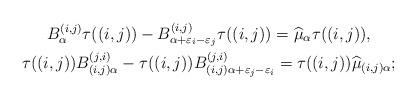
LaTeX: \begin{gather*}B_{\alpha}^{(i,j) }\tau((i,j))-B_{\alpha+\varepsilon_{i}-\varepsilon_{j}}^{(i,j) }\tau((i,j)) =\widehat{\mu}_{\alpha}\tau((i,j)) ,\\\tau((i,j)) B_{(i,j) \alpha}^{(j,i) }-\tau((i,j)) B_{(i,j) \alpha+\varepsilon_{j}-\varepsilon_{i}}^{(j,i)}=\tau((i,j)) \widehat{\mu}_{(i,j)\alpha};\end{gather*}